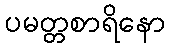
ပမတ္တစာရိနော